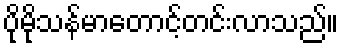
ပိုမိုသန်မာတောင့်တင်းလာသည်။